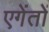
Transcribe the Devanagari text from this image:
एगेंतों